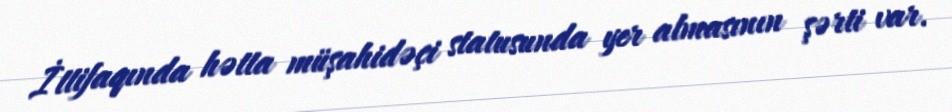
İttifaqında hətta müşahidəçi statusunda yer almasının şərti var.